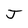
Character: J